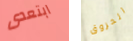
ابتعدى الحروق